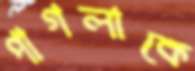
পাগলাকে